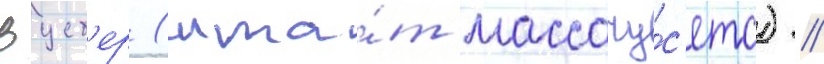
Вуст'ер (шта́т массачу́с'етс) //